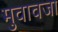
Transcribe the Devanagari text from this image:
मुवावजा